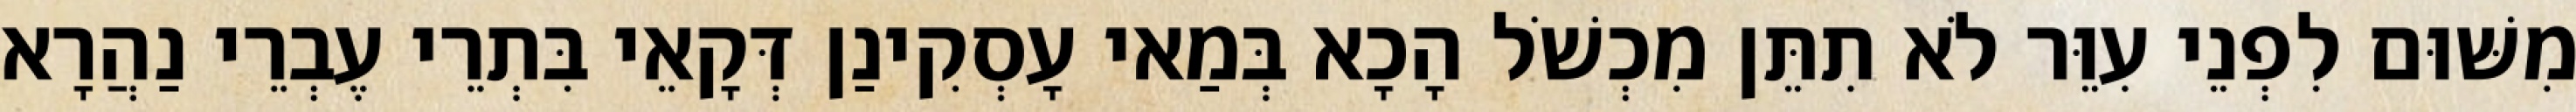
מִשּׁוּם לִפְנֵי עִוֵּר לֹא תִתֵּן מִכְשֹׁל הָכָא בְּמַאי עָסְקִינַן דְּקָאֵי בִּתְרֵי עֶבְרֵי נַהֲרָא